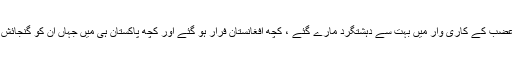
آپریشن ضربِ عضب کے کاری وار میں بہت سے دہشتگرد مارے گئے ، کچھ افغانستان فرار ہو گئے اور کچھ پاکستان ہی میں جہاں ان کو گنجائش ملی دُبک گئے۔